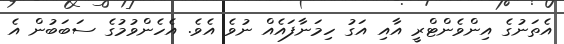
އެތަނުގެ އިންވެންޓްރީ އާއި އަގު ހިމަނާފައެއް ނުވެ އެވެ. އެހެންވުމުގެ ސަބަބުން އެ